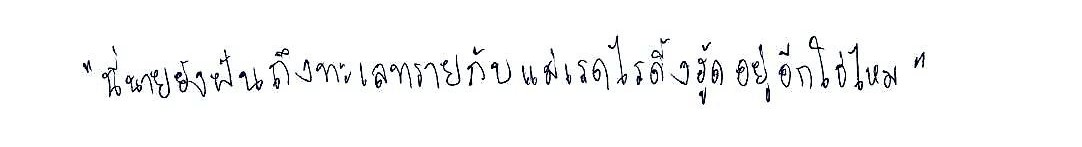
"นี่นายยังฝันถึงทะเลทรายกับแม่เรดไรดิ้งฮู้ดอยู่อีกใช่ไหม"